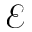
\mathcal { E }